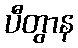
ပီတွာန